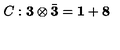
C : { \bf 3 } \otimes \bar { \bf 3 } = { \bf 1 } + { \bf 8 }